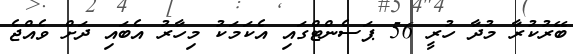
ބޭރުކުރާ މުދާ ހުރީ 56 ޕަސެންޓްގައި އެކަމަކު މިހާރު އެބައި ދަށް ވެއްޖެ